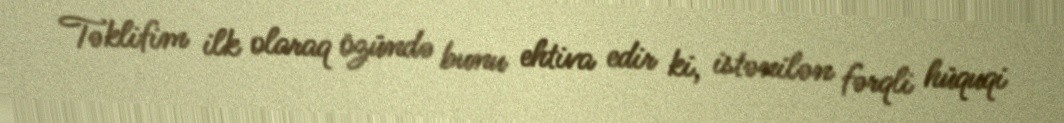
Təklifim ilk olaraq özündə bunu ehtiva edir ki, istənilən fərqli hüquqi